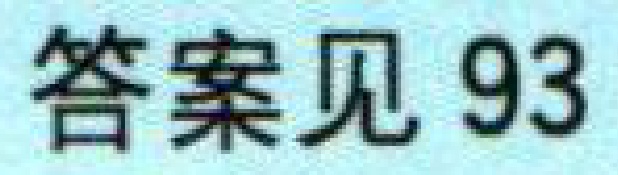
答案见 93